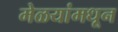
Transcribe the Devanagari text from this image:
मेळयांमधून